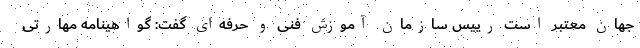
جهان معتبر است رییس سازمان آموزش فنی و حرفه‌ای گفت: گواهینامه مهارتی